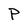
Character: P